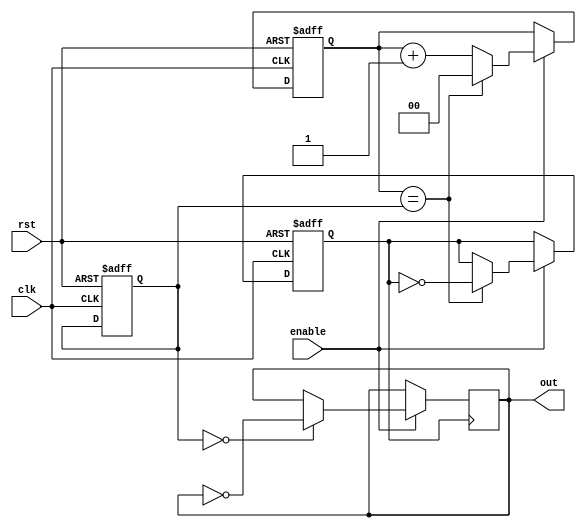
module dual_modulus_clock_divider (
    input wire clk,
    input wire rst,
    input wire enable,
    output reg out
);
  
reg [1:0] count;
reg [1:0] modulus;
reg sync_clk;

always @(posedge clk or posedge rst) begin
    if (rst) begin
        count <= 2'b00;
        modulus <= 2'b00;
        sync_clk <= 1'b0;
    end else begin
        if (enable) begin
            if (count == modulus) begin
                count <= 2'b00;
                sync_clk <= ~sync_clk;
            end else begin
                count <= count + 1;
            end
        end
    end
end

always @(posedge sync_clk) begin
    if (enable) begin
        if (modulus == 2'b00) begin
            out <= ~out;
        end
    end
end

endmodule